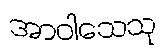
အာဝါသေသု